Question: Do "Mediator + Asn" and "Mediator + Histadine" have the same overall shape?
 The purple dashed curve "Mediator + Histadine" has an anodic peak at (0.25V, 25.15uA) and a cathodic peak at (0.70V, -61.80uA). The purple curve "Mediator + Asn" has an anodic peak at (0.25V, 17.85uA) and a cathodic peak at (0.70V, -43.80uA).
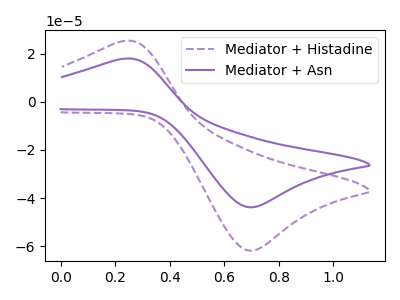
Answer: <think>All the peaks in "Mediator + Asn" have a peak in "Mediator + Histadine" at the same potential. Every peak in "Mediator + Asn" is lower than every peak in "Mediator + Histadine".
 </think>
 <answer>"Mediator + Asn" and "Mediator + Histadine" are similar in shape.</answer>
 <eval>same_shape</eval>